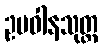
ဥပဝါနသုတ္တ